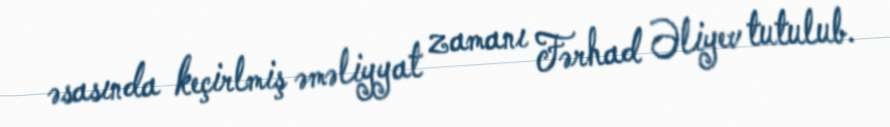
əsasında keçirlmiş əməliyyat zamanı Fərhad Əliyev tutulub.